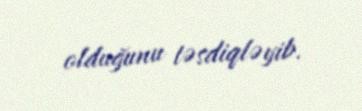
olduğunu təsdiqləyib.